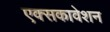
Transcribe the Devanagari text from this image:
एक्सकावेशन